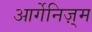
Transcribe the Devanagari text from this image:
आर्गेनिज़्म